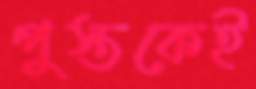
পুস্তকেই